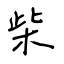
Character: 柴